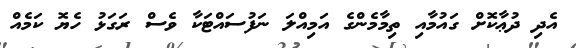
އެދި ދުޢާކޮށް ގައުމާއި ތިމާމެންގެ އަމިއްލަ ނަފުސައްޓަކާ ވެސް ރަގަޅު ހެޔޮ ކަމެއް